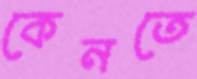
কেনতে